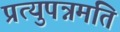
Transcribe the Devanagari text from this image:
प्रत्युपन्नमति